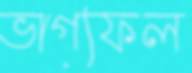
ভাগ্যফল